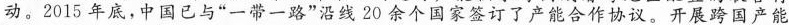
动。2015年底，中国已与”一带一路”沿线20余个国家签订了产能合作协议。开展跨国产能